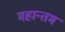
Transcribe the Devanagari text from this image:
महान्तम